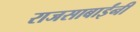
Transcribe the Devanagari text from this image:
राजसाबाईंनी